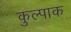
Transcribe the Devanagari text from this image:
कुल्पाक